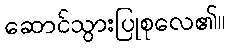
ဆောင်သွားပြုစုလေ၏။